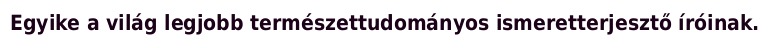
Egyike a világ legjobb természettudományos ismeretterjesztő íróinak.